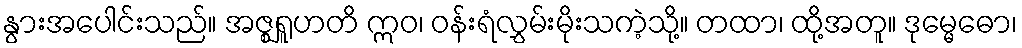
နွားအပေါင်းသည်။ အဇ္ဈရူဟတိ ဣဝ၊ ဝန်းရံလွှမ်းမိုးသကဲ့သို့။ တထာ၊ ထို့အတူ။ ဒုမ္မေဓော၊